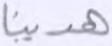
هدينا